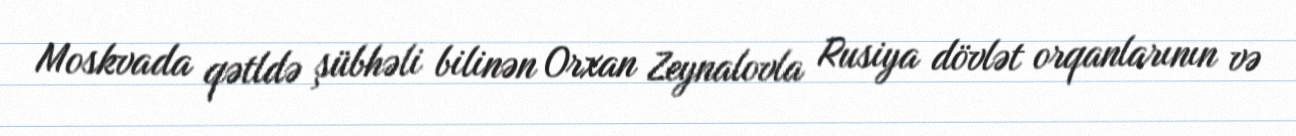
Moskvada qətldə şübhəli bilinən Orxan Zeynalovla Rusiya dövlət orqanlarının və